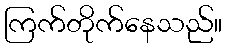
ကြက်တိုက်နေသည်။